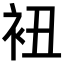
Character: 𧘥